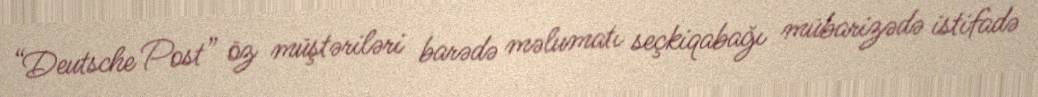
“Deutsche Post” öz müştəriləri barədə məlumatı seçkiqabağı mübarizədə istifadə